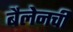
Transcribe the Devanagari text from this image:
बैलेनची